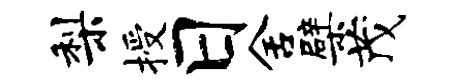
梨授日舍檗茂